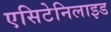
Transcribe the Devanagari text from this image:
एसिटेनिलाइड